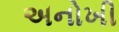
અનોખી